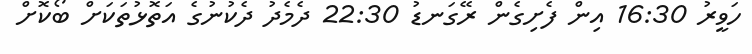
ހަވީރު 16:30 އިން ފެށިގެން ރޭގަނޑު 22:30 ދެމެދު ދެކުނުގެ އަތޮޅުތަކަށް ބޯކޮށް